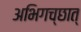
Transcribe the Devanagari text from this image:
अभिगच्छात्